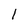
Character: l